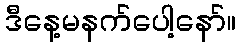
ဒီနေ့မနက်ပေါ့နော်။